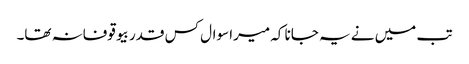
تب میں نے یہ جانا کہ میرا سوال کس قدر بیوقوفانہ تھا۔